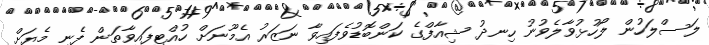
ލަސްލަހުން ލޯހުޅުވާލެވުނު ހިނދު ޝިއާފްގެ ކަންބޮޑުވެފައިވާ ނަޒަރު އެމޫނަށް ހުއްޓިފައިވާތަން ފެނި މެޔަށް